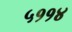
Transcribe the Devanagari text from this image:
५११४